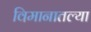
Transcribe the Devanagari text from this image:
विमानातल्या